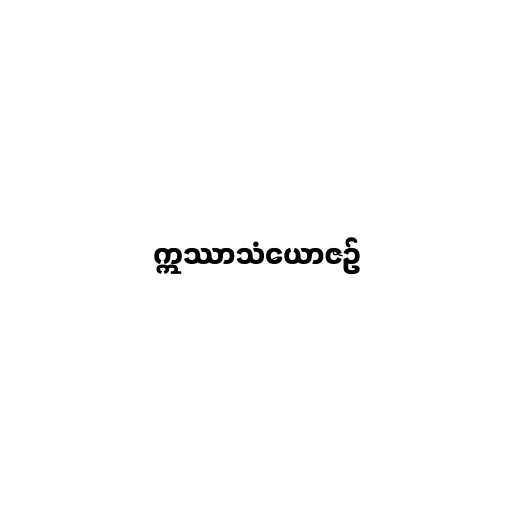
ဣဿာသံယောဇဉ်